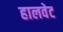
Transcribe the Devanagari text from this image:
हालवेट